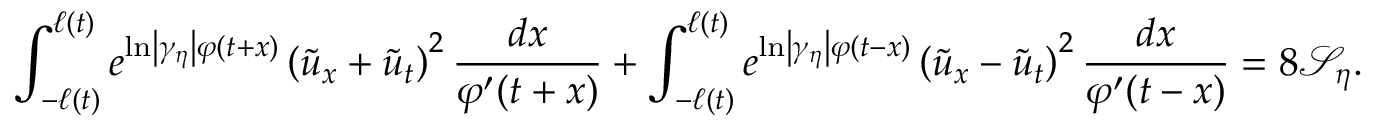
\int _ { - \ell \left( t \right) } ^ { \ell \left( t \right) } e ^ { \ln \left\vert \gamma _ { \eta } \right\vert \varphi ( t + x ) } \left( \tilde { u } _ { x } + \tilde { u } _ { t } \right) ^ { 2 } \frac { d x } { \varphi ^ { \prime } ( t + x ) } + \int _ { - \ell \left( t \right) } ^ { \ell \left( t \right) } e ^ { \ln \left\vert \gamma _ { \eta } \right\vert \varphi ( t - x ) } \left( \tilde { u } _ { x } - \tilde { u } _ { t } \right) ^ { 2 } \frac { d x } { \varphi ^ { \prime } ( t - x ) } = 8 \mathcal { S } _ { \eta } .